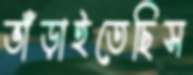
ভাঁড়াইতেছিস